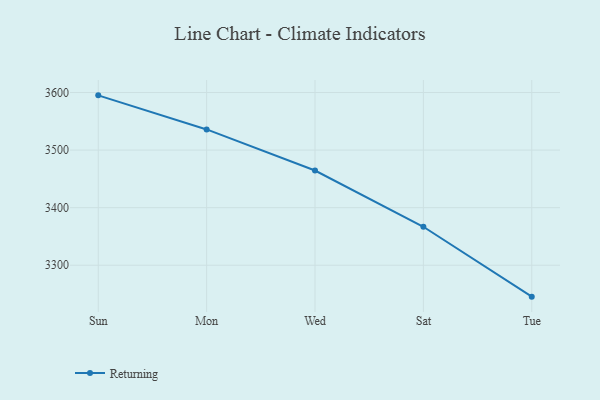
{"axis": {"x": "Day", "y": "Demand Index"}, "legend": ["Returning"], "data": [{"x": "Sun", "y": 3595.1, "type": "Returning"}, {"x": "Mon", "y": 3535.9, "type": "Returning"}, {"x": "Wed", "y": 3464.5, "type": "Returning"}, {"x": "Sat", "y": 3366.8, "type": "Returning"}, {"x": "Tue", "y": 3245.4, "type": "Returning"}]}